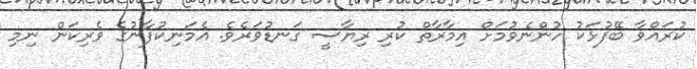
ކުރައްވާ ބޭފުޅަކު ހުންނެވުމަށް އިމާރާތް ކުރި ރިޔާސީ ގަނޑުވަރެވެ. އެމަނިކުފާނުގެ ވެރިކަން ނިމި